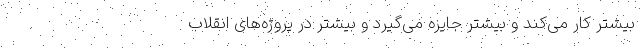
بیشتر کار می‌کند و بیشتر جایزه می‌گیرد و بیشتر در پروژه‌های انقلاب